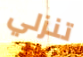
تنزلي